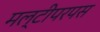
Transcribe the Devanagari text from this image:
मल्टीपरपस